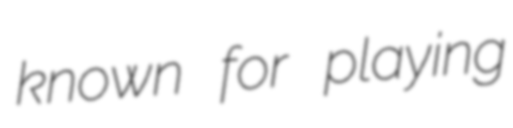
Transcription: known for playing